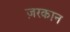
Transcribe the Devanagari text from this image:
ज़रकान